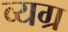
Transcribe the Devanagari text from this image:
व्‍यग्र